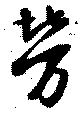
労